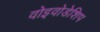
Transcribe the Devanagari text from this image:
वोइवोडेशिप